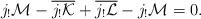
LaTeX: \begin{align*}{j_!\mathcal M}-\overline{j_! \mathcal K}+ \overline{j_!\mathcal L}-{j_!\mathcal M}=0.\end{align*}